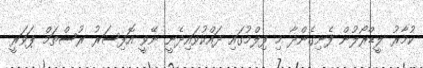
ކުމާރު ލީޑްރޯލުން ފެނިގެންދާ މި ފިލްމުގައި ދައްކުވައިދެނީ ނޭވީ އޮފިސަރު ރުސްތަމް ޕަވަރީ